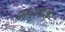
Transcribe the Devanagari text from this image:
प्रकारापासुन